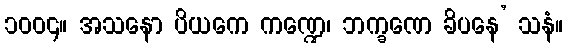
၁၀၀၄။ အသနော ပိယကေ ကဏ္ဍေ၊ ဘက္ခဏေ ခိပနေ’ သနံ။